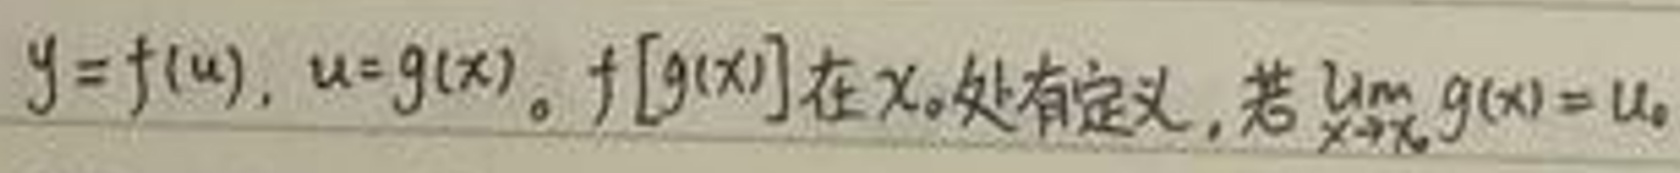
$y = f(u),\ u = g(x)$。$f[g(x)]$在$x_{0}$处有定义,若$\lim_{x \to $x_{0}$}g(x)=u_{0}$